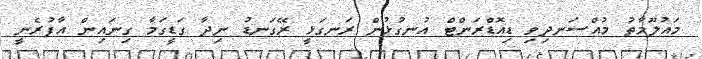
މައުލޫމާތު މުއްސަނދިވި ޑިއޮޑްރަންޓް އުނގުޅުން ރަނގަޅީ ރޭގަނޑު ނިދާ ގަޑީގަމާ ގިނައިން އާފުރެނީ